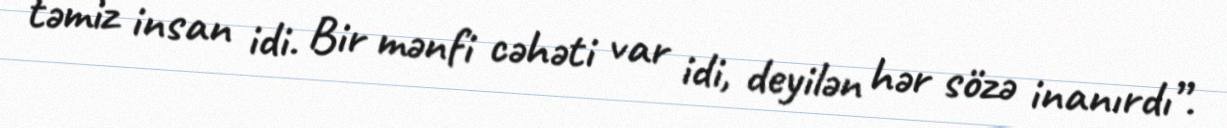
təmiz insan idi. Bir mənfi cəhəti var idi, deyilən hər sözə inanırdı”.